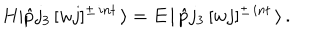
LaTeX: H | \hat { p } j _ { 3 } \, [ w j ] ^ { \pm \, i n t } \, \rangle = E \, | \, \hat { p } j _ { 3 } \, [ w j ] ^ { \pm \, i n t } \, \rangle \, .